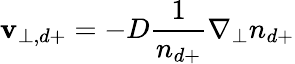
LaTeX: \mathbf{v}_{\perp,d+}=-D\frac{1}{n_{d+}}\nabla_{\perp}n_{d+}